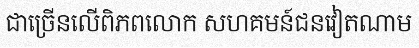
ជាច្រើនលើពិភពលោក សហគមន៍ជនវៀតណាម